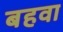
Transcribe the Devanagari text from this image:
बहवा